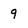
Character: 9